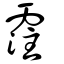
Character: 霔